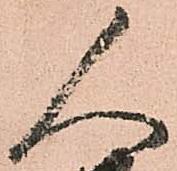
人